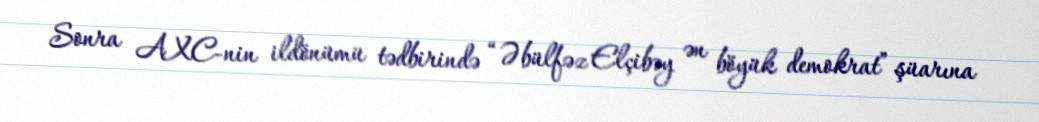
Sonra AXC-nin ildönümü tədbirində “Əbülfəz Elçibəy ən böyük demokrat” şüarına